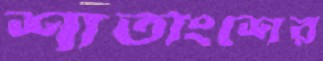
শাতাংশের